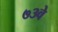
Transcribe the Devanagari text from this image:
७३वे